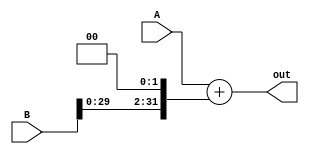
`timescale 1ns / 1ps
// moduleName: ADDMulti4_32
// fileName: ADDMulti4_32
// Here is a module : 
// ADDMulti4_32  B2PC  
// fuction : +

module ADDMulti4_32(
    input [31:0] A,
    input [31:0] B,
    output [31:0] out
    );
	
	// A + B
  assign out = A + (B << 2);
	
endmodule